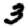
Digit: 3